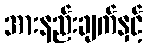
အားနည်းချက်နှင့်